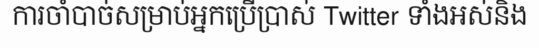
ការចាំបាច់សម្រាប់អ្នកប្រើប្រាស់ Twitter ទាំងអស់និង